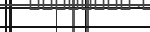
-